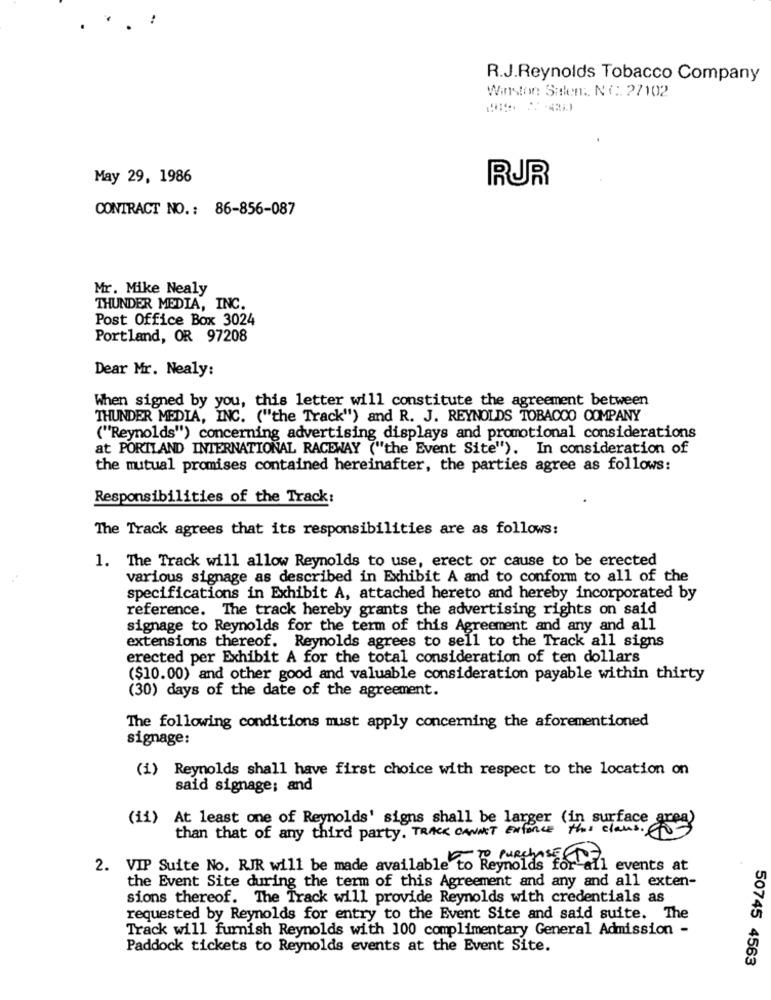
!
.
R.J.Reynolds Tobacco Company
Winston Siden: No :: 27102
May 29, 1986
RUR
CONTRACT NO .: 86-856-087
Mr. Mike Nealy
THUNDER MEDIA, INC.
Post Office Box 3024
Portland, OR 97208
Dear Mr. Nealy:
When signed by you, this letter will constitute the agreement between
THUNDER MEDIA, INC. ("the Track") and R. J. REYNOLDS TOBACCO COMPANY
("'Reynolds") concerning advertising displays and promotional considerations
at PORTLAND INTERNATIONAL RACEWAY ("the Event Site"). In consideration of
the mutual promises contained hereinafter, the parties agree as follows:
Responsibilities of the Track:
The Track agrees that its responsibilities are as follows:
1. The Track will allow Reynolds to use, erect or cause to be erected
various signage as described in Exhibit A and to conform to all of the
specifications in Exhibit A, attached hereto and hereby incorporated by
reference. The track hereby grants the advertising rights on said
signage to Reynolds for the term of this Agreement and any and all
extensions thereof. Reynolds agrees to sell to the Track all signs
erected per Exhibit A for the total consideration of ten dollars
($10.00) and other good and valuable consideration payable within thirty
(30) days of the date of the agreement.
The following conditions must apply concerning the aforementioned
signage:
(i) Reynolds shall have first choice with respect to the location on
said signage; and
(11)
surface
At least one of Reynolds' signs shall be langer (in,senast 03
than that of any third party. TRACK CANNET ENFORCE
2. VIP Suite No. RJR will be made available to Reynolds for
To Purchase 71 events at
the Event Site during the term of this Agreement and any and all exten-
sions thereof. The Track will provide Reynolds with credentials as
requested by Reynolds for entry to the Event Site and said suite. The
Track will furnish Reynolds with 100 complimentary General Admission -
Paddock tickets to Reynolds events at the Event Site.
50745 4563